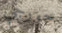
جورجي